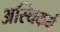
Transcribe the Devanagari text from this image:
अस्थिकर्म